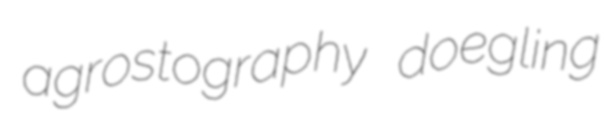
agrostography doegling